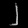
Digit: ၂